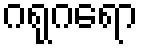
ဂရုဂရော